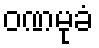
ဝဏမုခံ